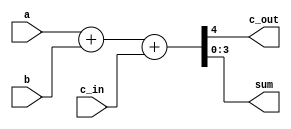
`timescale 1ns / 1ps
//////////////////////////////////////////////////////////////////////////////////
// Company: 
// Engineer: 
// 
// Design Name: 
// Module Name: RCAalways
// Project Name: 
// Target Devices: 
// Tool Versions: 
// Description: 
// 
// Dependencies: 
// 
// Revision:
// Revision 0.01 - File Created
// Additional Comments:
// 
//////////////////////////////////////////////////////////////////////////////////


module RCAalways (input [3:0] a,  
                  input [3:0] b,  
                  input c_in,  
                  output reg c_out,  
                  output reg [3:0] sum);  
  
    always @ (a or b or c_in) begin  
    {c_out, sum} = a + b + c_in;  
  end  
endmodule